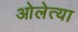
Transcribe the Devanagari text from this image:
ओलेत्या